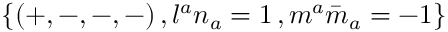
\{ ( + , - , - , - ) \, , l ^ { a } n _ { a } = 1 \, , m ^ { a } { \bar { m } } _ { a } = - 1 \}